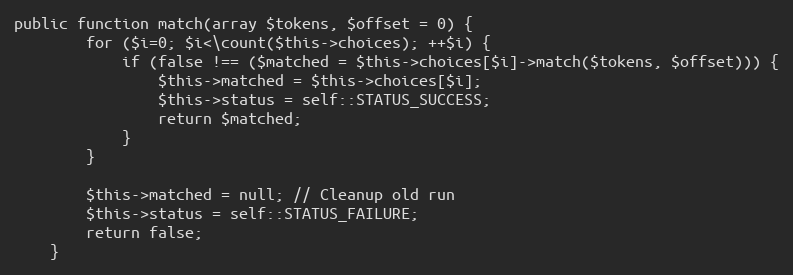
Language: PHP
public function match(array $tokens, $offset = 0) {
		for ($i=0; $i<\count($this->choices); ++$i) {
			if (false !== ($matched = $this->choices[$i]->match($tokens, $offset))) {
				$this->matched = $this->choices[$i];
				$this->status = self::STATUS_SUCCESS;
				return $matched;
			}
		}

		$this->matched = null; // Cleanup old run
		$this->status = self::STATUS_FAILURE;
		return false;
	}